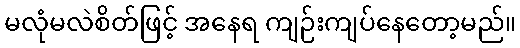
မလုံမလဲစိတ်ဖြင့် အနေရ ကျဉ်းကျပ်နေတော့မည်။